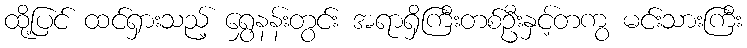
ထို့ပြင် ထင်ရှားသည့် ရွှေနန်းတွင်း အရာရှိကြီးတစ်ဦးနှင့်တကွ မင်းသားကြီး